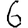
Digit: 6